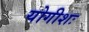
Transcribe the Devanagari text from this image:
योगीशः